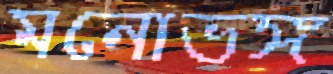
মনোভঙ্গ